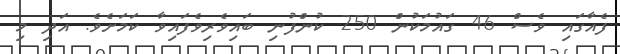
ފެއާގައި ވެސް 46 ގައުމަކުން 250 ކުންފުނި ބައިވެރިވެފައިވާ ކަމަށެވެ. އަދި މި